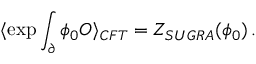
\langle \exp \int _ { \partial } \phi _ { 0 } { \cal O } \rangle _ { C F T } = Z _ { S U G R A } ( \phi _ { 0 } ) \, .